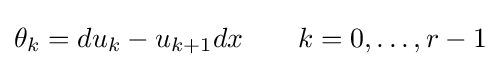
\theta _{k}=du_{k}-u_{k+1}dx\qquad k=0,\ldots ,r-1